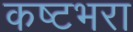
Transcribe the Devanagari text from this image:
कष्टभरा